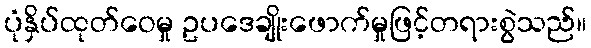
ပုံနှိပ်ထုတ်ဝေမှု ဥပဒေချိုးဖောက်မှုဖြင့်တရားစွဲသည်။